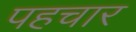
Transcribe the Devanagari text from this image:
पहचार